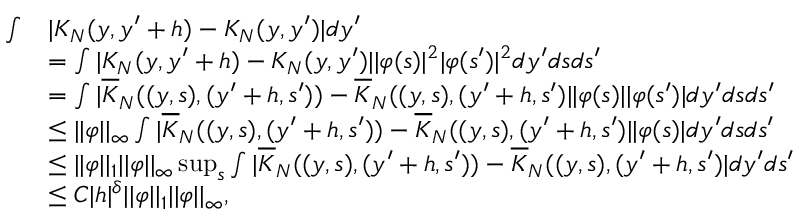
\begin{array} { r l } { \int } & { | K _ { N } ( y , y ^ { \prime } + h ) - K _ { N } ( y , y ^ { \prime } ) | d y ^ { \prime } } \\ & { = \int | K _ { N } ( y , y ^ { \prime } + h ) - K _ { N } ( y , y ^ { \prime } ) | | \varphi ( s ) | ^ { 2 } | \varphi ( s ^ { \prime } ) | ^ { 2 } d y ^ { \prime } d s d s ^ { \prime } } \\ & { = \int | \overline { { K } } _ { N } ( ( y , s ) , ( y ^ { \prime } + h , s ^ { \prime } ) ) - \overline { { K } } _ { N } ( ( y , s ) , ( y ^ { \prime } + h , s ^ { \prime } ) | | \varphi ( s ) | | \varphi ( s ^ { \prime } ) | d y ^ { \prime } d s d s ^ { \prime } } \\ & { \leq | | \varphi | | _ { \infty } \int | \overline { { K } } _ { N } ( ( y , s ) , ( y ^ { \prime } + h , s ^ { \prime } ) ) - \overline { { K } } _ { N } ( ( y , s ) , ( y ^ { \prime } + h , s ^ { \prime } ) | | \varphi ( s ) | d y ^ { \prime } d s d s ^ { \prime } } \\ & { \leq | | \varphi | | _ { 1 } | | \varphi | | _ { \infty } \operatorname* { s u p } _ { s } \int | \overline { { K } } _ { N } ( ( y , s ) , ( y ^ { \prime } + h , s ^ { \prime } ) ) - \overline { { K } } _ { N } ( ( y , s ) , ( y ^ { \prime } + h , s ^ { \prime } ) | d y ^ { \prime } d s ^ { \prime } } \\ & { \leq C | h | ^ { \delta } | | \varphi | | _ { 1 } | | \varphi | | _ { \infty } , } \end{array}